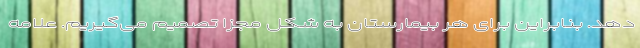
دهد. بنابراین برای هر بیمارستان به شکل مجزا تصمیم می‌گیریم. علامه